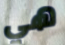
هي